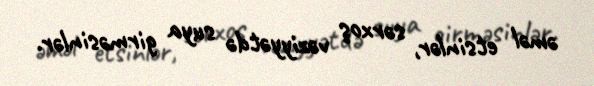
əməl etsinlər, sərxoş vəziyyətdə suya girməsinlər.